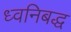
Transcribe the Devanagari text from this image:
ध्वनिबद्ध